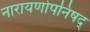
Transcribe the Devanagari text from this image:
नारायणोपनिषद्